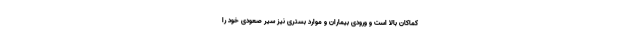
کماکان بالا است و ورودی بیماران و موارد بستری نیز سیر صعودی خود را